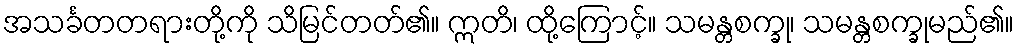
အသင်္ခတတရားတို့ကို သိမြင်တတ်၏။ ဣတိ၊ ထို့ကြောင့်။ သမန္တစက္ခု၊ သမန္တစက္ခုမည်၏။